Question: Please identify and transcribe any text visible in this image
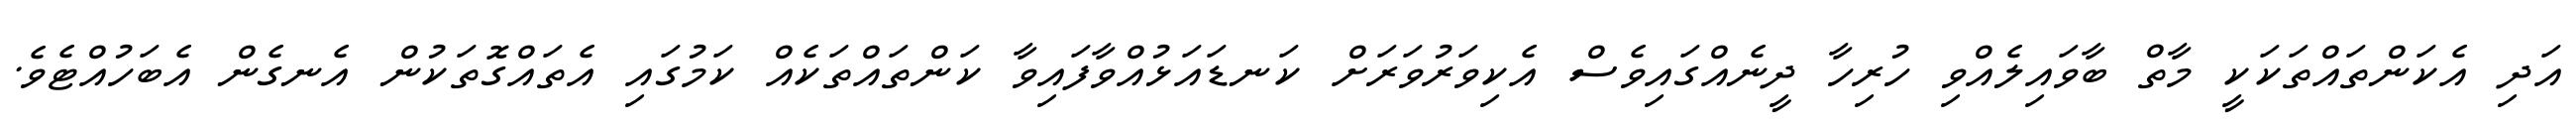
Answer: އަދި އެކަންތައްތަކަކީ މާތް ބާވައިލެއްވި ހުރިހާ ދީނެއްގައިވެސް އެކިވަރުވަރަށް ކަނޑައަޅުއްވާފައިވާ ކަންތައްތަކެއް ކަމުގައި އެތައްގޮތަކުން އެނގެން އެބަހުއްޓެވެ.